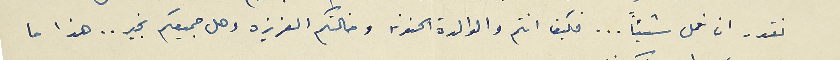
نقدر ان نعمل شيئاً ... فكيف انتم والوالدة الحنونه وخالتكم العزيزه وهل جميعكم بخير.. هذا ما